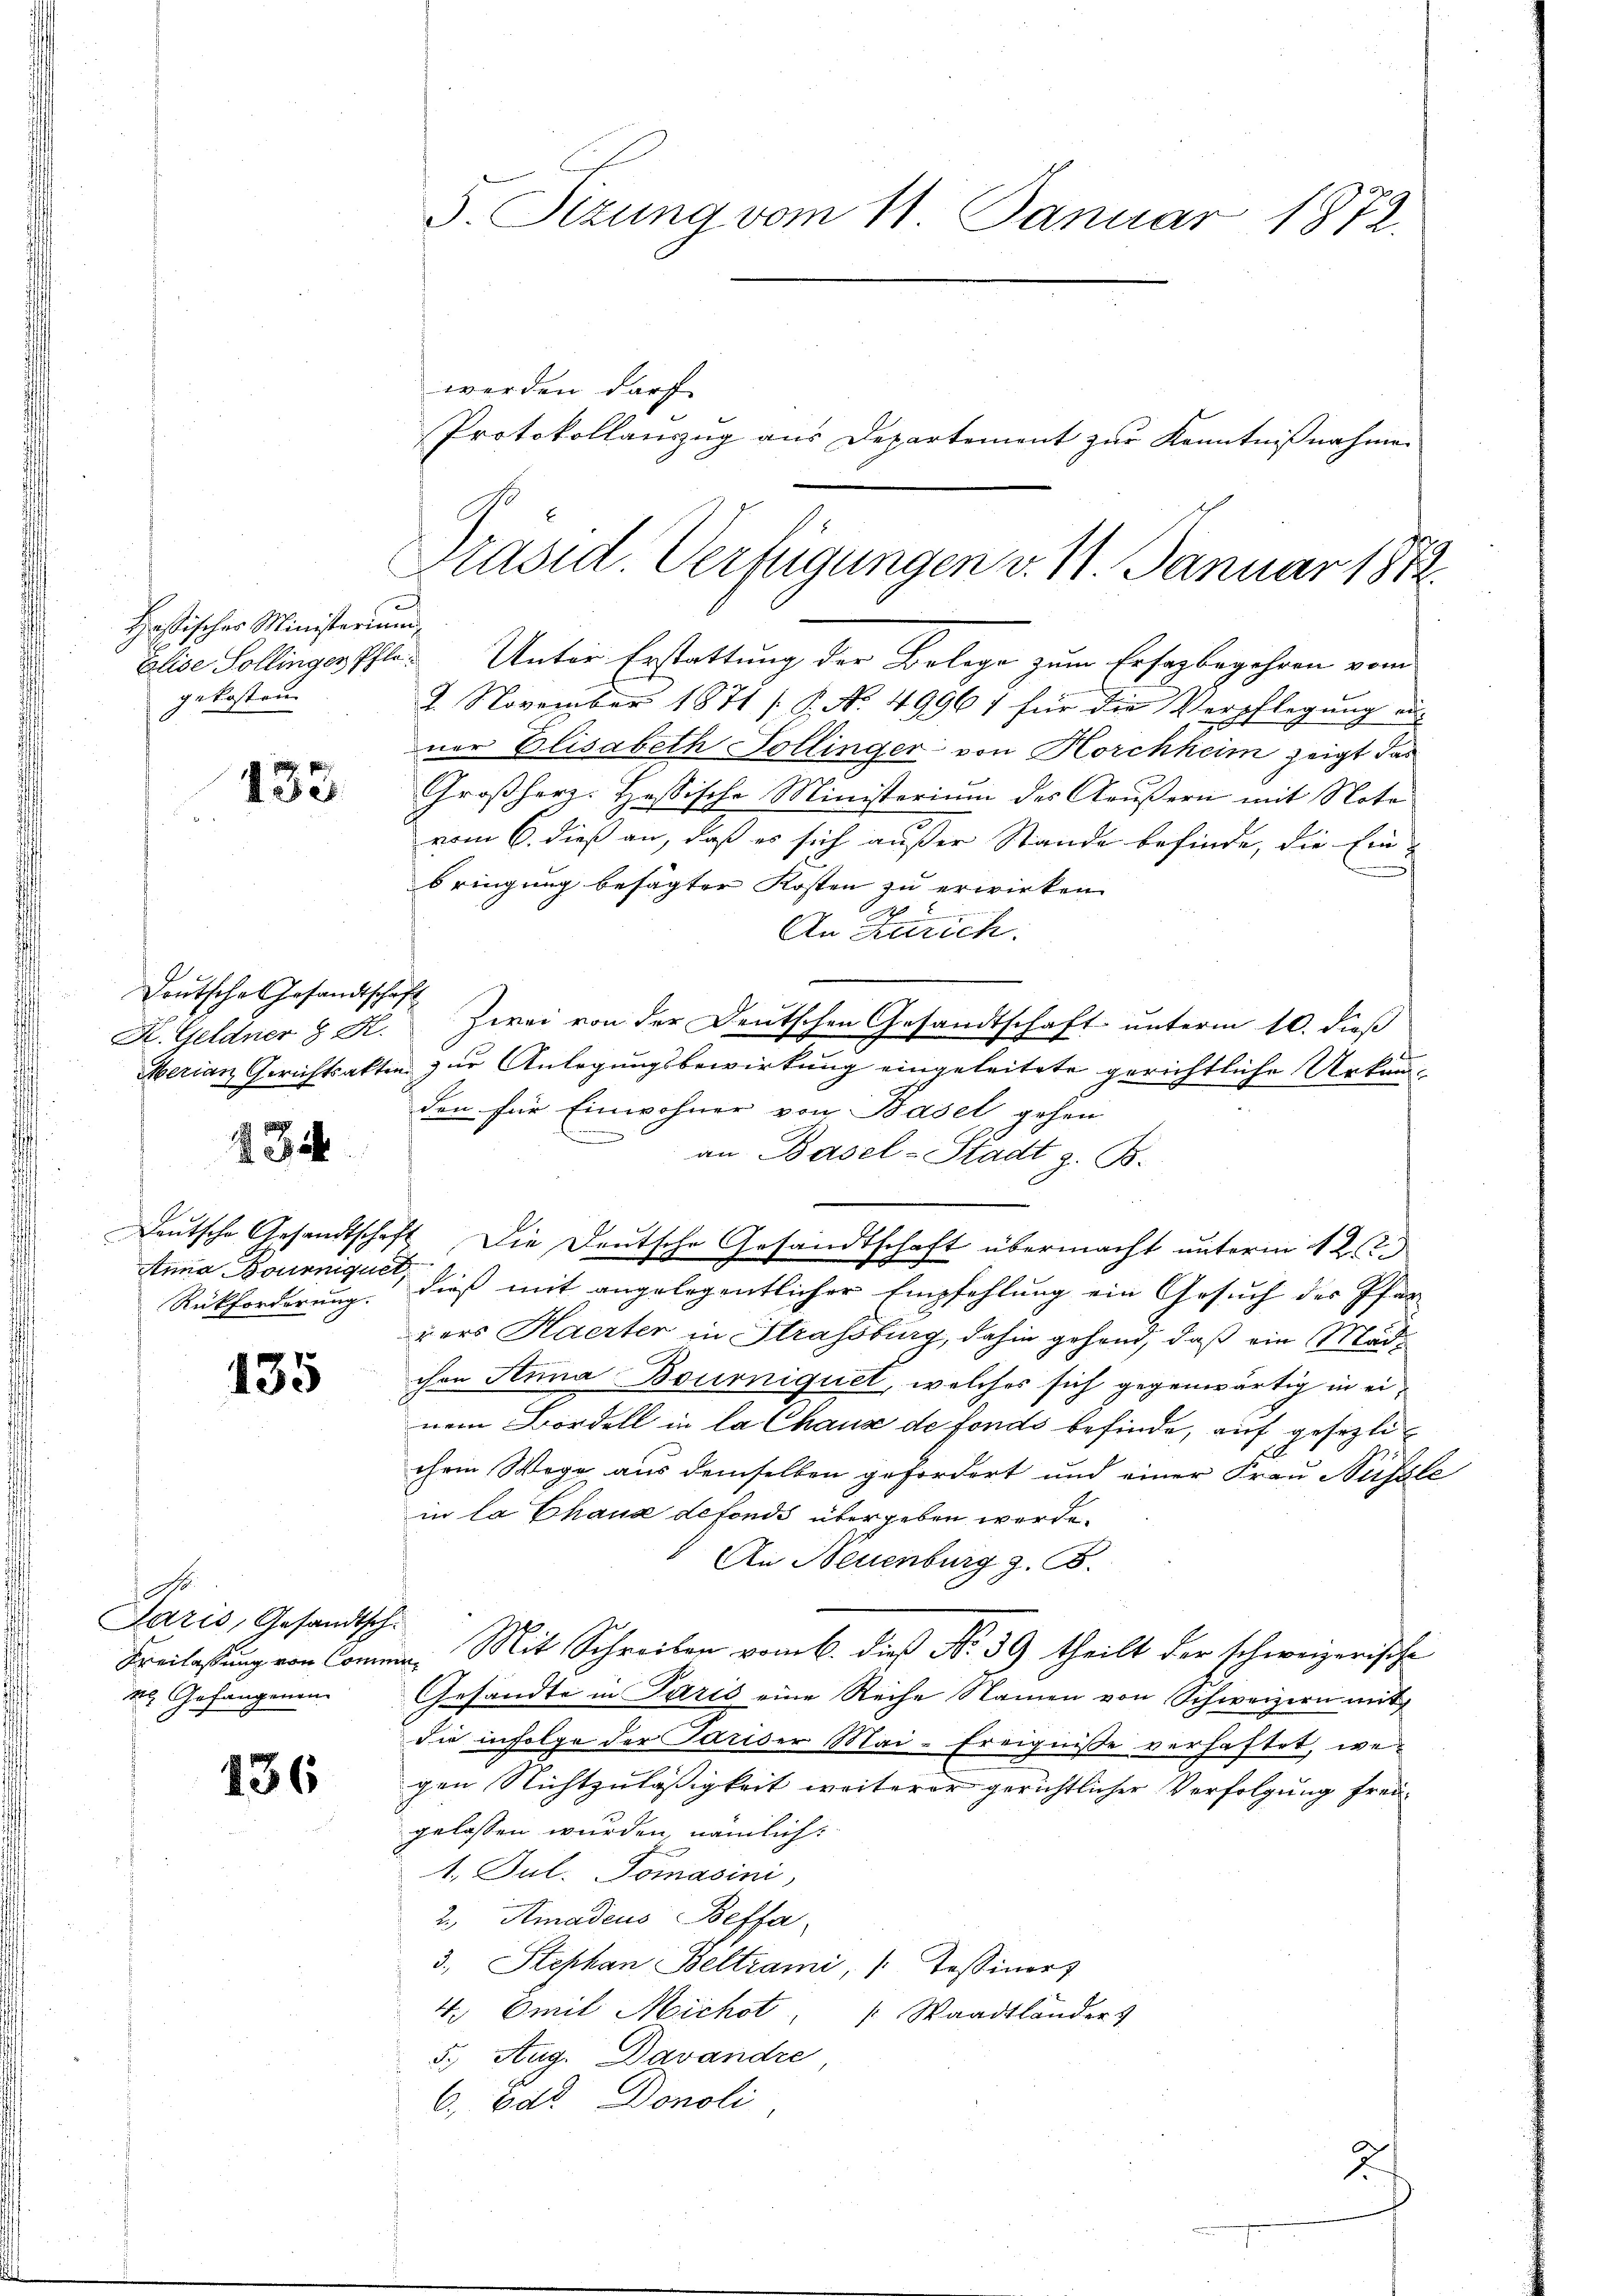
bastischer Ministerium
gekosten

133

Deutsches Gesandtschaft

234.

Rückforderung.

135

No.
Jazis, Gesandtsch
Freilassung von Comm
1 Gefangenen

136

F. Sizung vom 11. Januar 1872.

werden darf.
Elise Sollinger Pfle Unter Erstattung der Belage zum Ersagbegehren vom
2. November 1871 /: P. No. 49961 für die Verpflegung zu
ner Elisabeth Sollinger von Korchheim zeigt das
Großherz- Hassische Ministerium des Aeußern mit Note
vom 6. dieß an, daß es sich außer Stande befinde, die Ein-
bringung besagter Kosten zu erwirken.
c
2
An Zürich.
K. Geldner 8 Kt. Zwei von der Deutschen Gesandtschaft- unterm 10. dieß
Merian Gerichtsakten zur Anlegungsbewirkung eingeleitete gerichtliche Urkunden für Einwohner von Basel gehen
an Basel-Stadt z. B.
Deutsche Gesandtschaft. Die Deutsche Gesandtschaft übermacht unterm 12ten
Anna Bourigen dieß mit angelegentlicher Empfehlung ein Gesuch der Pfarrers Haerter in Strassburg, dahin gehend, daß ein Mädchon Anna Bourniquet, welches sich gegenwärtig in einem Bordell in la Chaux de fonds befinde, auf gesezli
chein Wege aus demselben gefordert und einer Frau Nüssle
in la Chaus defonds übergeben werde.
An Neuenburg z. B.
2
Mit Schreiben vom 6. dieß N. 39 theilt der schweizerische
.
Gesandte in Paris eine Reihe Namen von Schweizern mit
die infolge der Pariser Mai-Ereignisse verhaftet, wegen Nichtzuläßigkeit weiterer gerichtlicher Verfolgung frei-
gelassen wurden, nämlich:
1. Jul. Tomasini,
2., Amadeus Beffa
3., Stephan Beltrami, /: Tessiners
4. Emil Michst, " Waadtländers
5. Aug. Davandre
6., Das Donoli

Protokollanzug aus Departement zur Kenntnißnahme

Präsid. Verfügungen v. 11. Januar 1872.

2